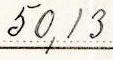
50,13